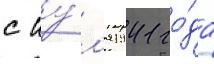
с иу́л'я 1941 го́да